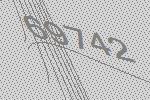
69742